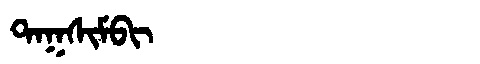
Manchu: ᡨᠠᡴᠰᡳᠮᠪᡳ
Romanization: TAKSIMBI